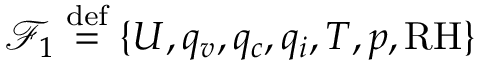
\mathcal { F } _ { 1 } \overset { \mathrm { d e f } } { = } \{ U , q _ { v } , q _ { c } , q _ { i } , T , p , \mathrm { R H } \}